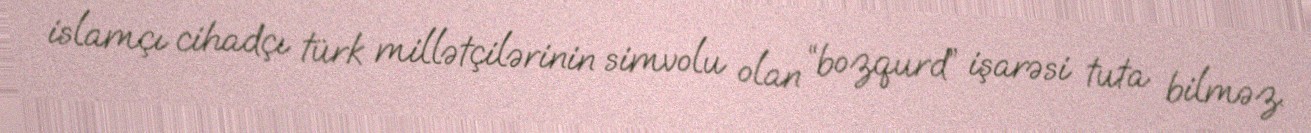
islamçı cihadçı türk millətçilərinin simvolu olan “bozqurd” işarəsi tuta bilməz.